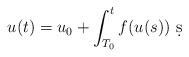
\begin{align*} u(t) = u_0 + \int_{T_0}^{t}f(u(s))\ \d s\end{align*}